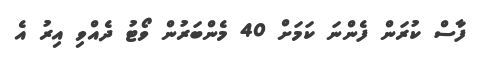
ފާސް ކުރަން ފެންނަ ކަމަށް 40 މެންބަރުން ވޯޓު ދެއްވި އިރު އެ